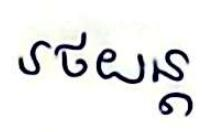
រថយន្ដ